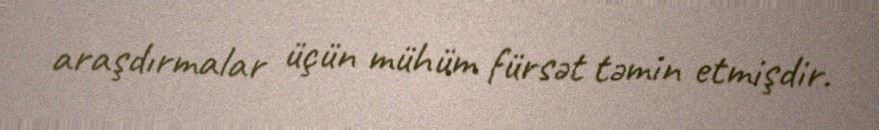
araşdırmalar üçün mühüm fürsət təmin etmişdir.